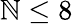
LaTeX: \mathbb{N}\leq8